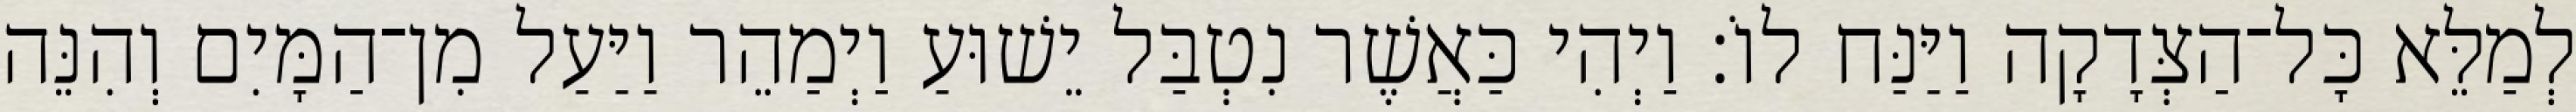
לְמַלֵּא כָּל־הַצְּדָקָה וַיַּנַּח לוֹ׃ וַיְהִי כַּאֲשֶׁר נִטְבַּל יֵשׁוּעַ וַיְמַהֵר וַיַּעַל מִן־הַמָּיִם וְהִנֵּה